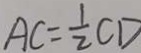
A C = \frac { 1 } { 2 } C D